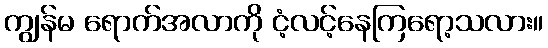
ကျွန်မ ရောက်အလာကို ငံ့လင့်နေကြရော့သလား။